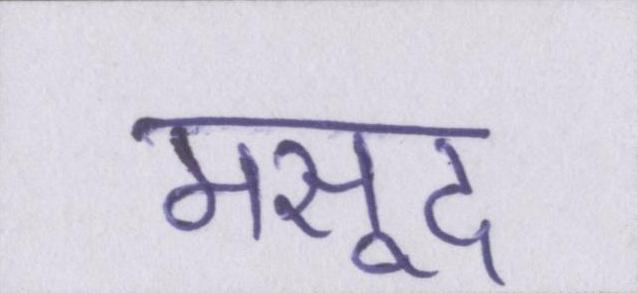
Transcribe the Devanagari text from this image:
मसूद